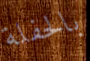
بالحفلة